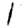
Digit: 1